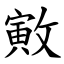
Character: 㪦